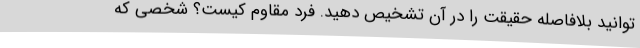
توانید بلافاصله حقیقت را در آن تشخیص دهید. فرد مقاوم کیست؟ شخصی که